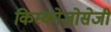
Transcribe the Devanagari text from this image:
किस्कोजोसेजी